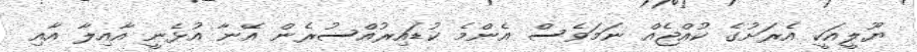
ޔޫލީއަކީ އެރަށުގެ ކުއްޖެއް ނަމަވެސް އެންމެ ކުޑައިރުއްސުރެން އޭނާ އުޅެނީ އާއިލާ އާއި